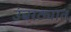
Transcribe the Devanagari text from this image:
उंबरठ्यात